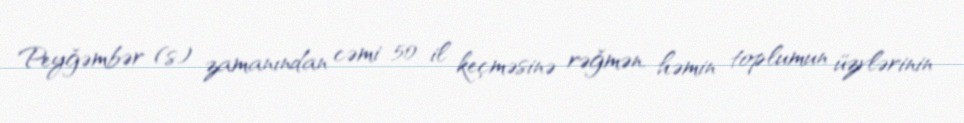
Peyğəmbər (s) zamanından cəmi 50 il keçməsinə rəğmən, həmin toplumun üzvlərinin